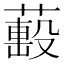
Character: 𦼷